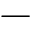
-